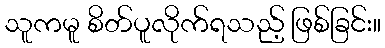
သူကမူ စိတ်ပူလိုက်ရသည့် ဖြစ်ခြင်း။